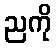
ညကို